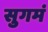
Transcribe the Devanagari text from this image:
सुगमं